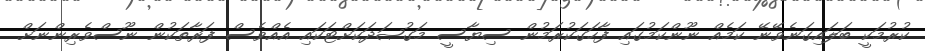
ކުރުމަކީ ބަލައިގަނެވޭނޭ ކަމެއް ނޫންކަމުގައި ފާހަގަކުރަމުން ސިޔާސީ މަގުޞަދަކަށްޓަކައި އެއްވެސް ފަރާތަކުން ނޫސްވެރިންނަށް